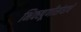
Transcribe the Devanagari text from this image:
भिक्खूणीसंघाचे